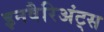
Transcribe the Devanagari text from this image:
इनवैरिअंट्स